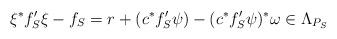
LaTeX: \begin{align*} \xi^*f'_S\xi-f_S & =r+ (c^*f'_S\psi)-(c^*f'_S\psi)^*\omega\in\Lambda_{P_S} \end{align*}